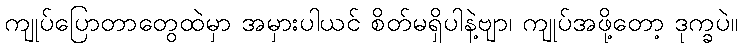
ကျုပ်ပြောတာတွေထဲမှာ အမှားပါယင် စိတ်မရှိပါနဲ့ဗျာ၊ ကျုပ်အဖို့တော့ ဒုက္ခပဲ။